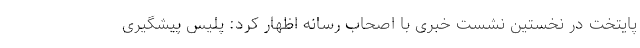
پایتخت در نخستین نشست خبری با اصحاب رسانه اظهار کرد: پلیس پیشگیری